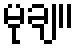
မုချ။